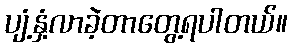
ပျံ့နှံ့လာခဲ့တာတွေ့ရပါတယ်။